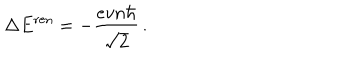
\Delta E ^ { \mathrm { r e n } } = - \frac { e v n \hbar } { \sqrt { 2 } } \, .